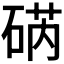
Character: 𮀥